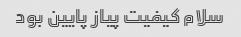
سلام کیفیت پیاز پایین بود